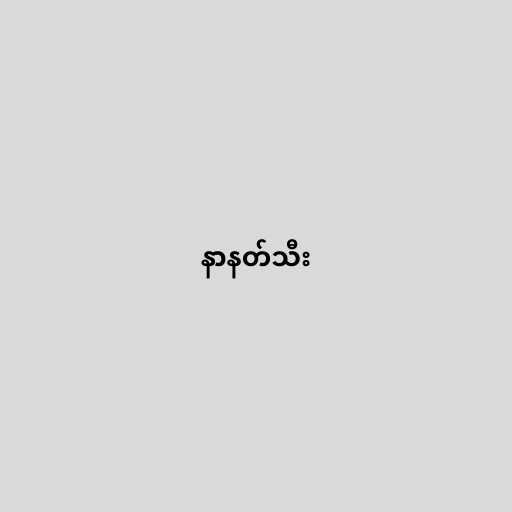
နာနတ်သီး